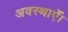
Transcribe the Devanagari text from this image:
अवस्थाएँ।